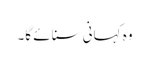
وہ کہانی سنائے گا۔